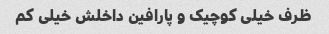
ظرف خیلی کوچیک و پارافین داخلش خیلی کم